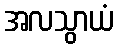
အလသွာယံ